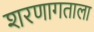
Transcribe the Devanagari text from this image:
शरणागताला